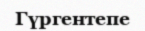
Гүргентепе